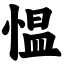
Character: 愠